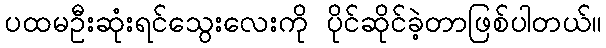
ပထမဦးဆုံးရင်သွေးလေးကို ပိုင်ဆိုင်ခဲ့တာဖြစ်ပါတယ်။